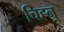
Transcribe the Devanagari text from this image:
चिह्न्